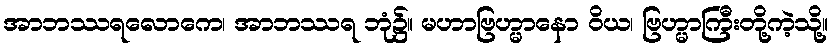
အာဘဿရလောကေ၊ အာဘဿရ ဘုံ၌။ မဟာဗြဟ္မာနော ဝိယ၊ ဗြဟ္မာကြီးတို့ကဲ့သို့။